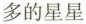
多的星星